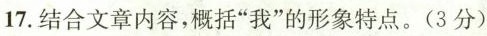
17.结合文章内容，概括”我”的形象特点。